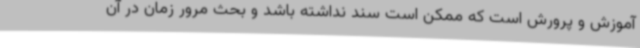
آموزش و پرورش است که ممکن است سند نداشته باشد و بحث مرور زمان در آن